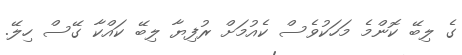
ގެ ލިބޭ ކޮންމެ މަހަކުވެސް ކެއުމަށް ރުފިޔާ ލިބޭ ކައްކާ ގޭސް ހިލޭ.